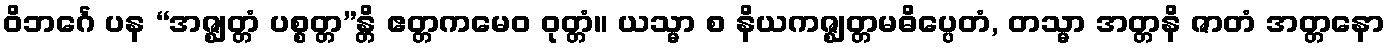
ဝိဘင်္ဂေ ပန “အဇ္ဈတ္တံ ပစ္စတ္တ”န္တိ ဧတ္တကမေဝ ဝုတ္တံ။ ယသ္မာ စ နိယကဇ္ဈတ္တမဓိပ္ပေတံ, တသ္မာ အတ္တနိ ဇာတံ အတ္တနော